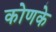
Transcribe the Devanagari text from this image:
कोणके